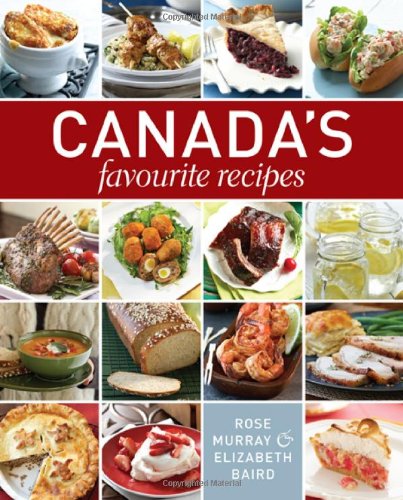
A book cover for Canada's Favourite Recipes; Elizabeth Baird; Cookbooks, Food & Wine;